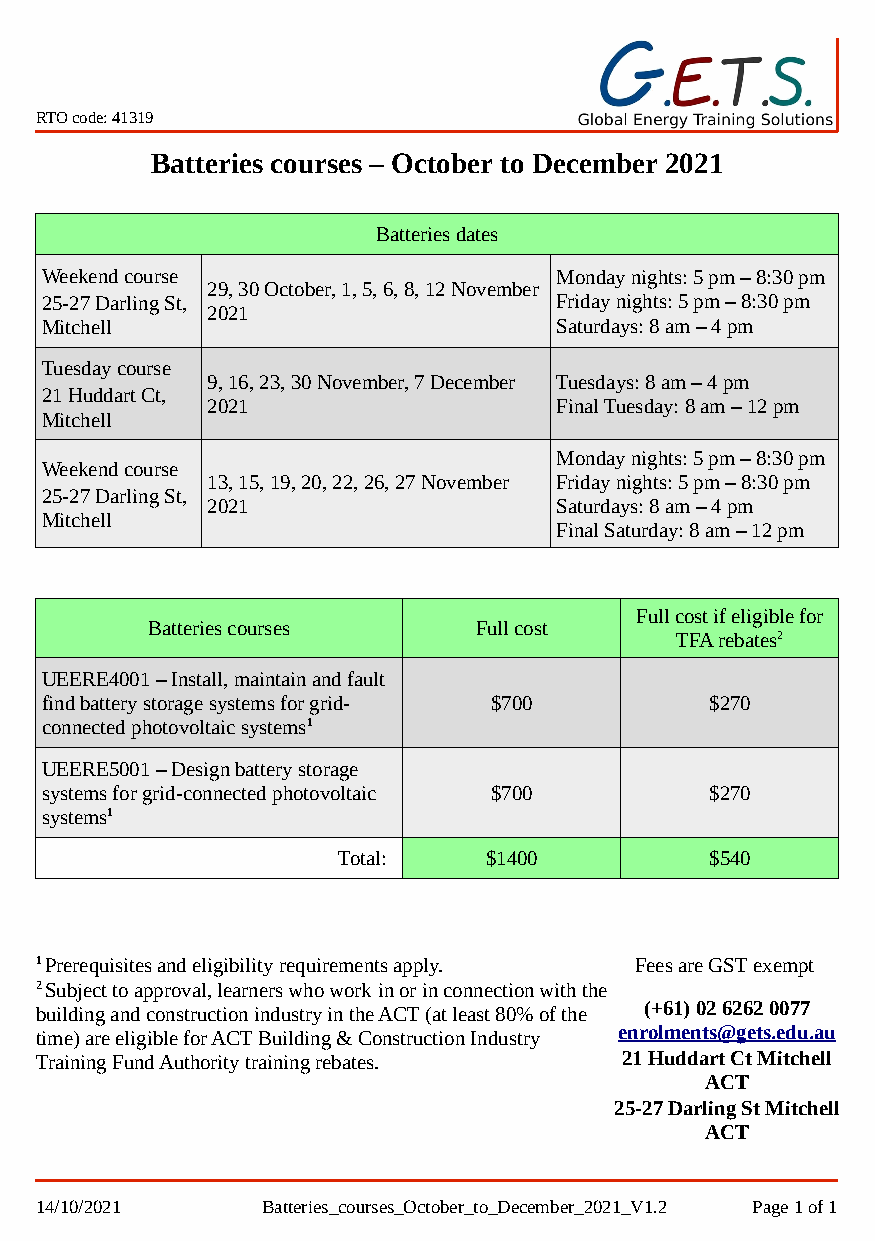
RTO code: 41319
 Batteries courses – October to December 2021
 Batteries dates
 Weekend course                    Monday nights: 5 pm – 8:30 pm
 29, 30 October, 1, 5, 6, 8, 12 November
 25-27 Darling St,                 Friday nights: 5 pm – 8:30 pm
 2021
 Mitchell                          Saturdays: 8 am – 4 pm
 Tuesday course
 9, 16, 23, 30 November, 7 December Tuesdays: 8 am – 4 pm
 21 Huddart Ct,
 2021                   Final Tuesday: 8 am – 12 pm
 Mitchell
 Monday nights: 5 pm – 8:30 pm
 Weekend course
 13, 15, 19, 20, 22, 26, 27 November Friday nights: 5 pm – 8:30 pm
 25-27 Darling St,
 2021                   Saturdays: 8 am – 4 pm
 Mitchell
 Final Saturday: 8 am – 12 pm
 Full cost if eligible for
 Batteries courses    Full cost
 TFA rebates2
 UEERE4001 – Install, maintain and fault
 find battery storage systems for grid- $700 $270
 connected photovoltaic systems1
 UEERE5001 – Design battery storage
 systems for grid-connected photovoltaic $700 $270
 systems1
 Total:    $1400          $540
 1 Prerequisites and eligibility requirements apply. Fees are GST exempt
 2 Subject to approval, learners who work in or in connection with the
 building and construction industry in the ACT (at least 80% of the (+61) 02 6262 0077
 time) are eligible for ACT Building & Construction Industry enrolments@gets.edu.au
 Training Fund Authority training rebates. 21 Huddart Ct Mitchell
 ACT
 25-27 Darling St Mitchell
 ACT
 14/10/2021     Batteries_courses_October_to_December_2021_V1.2 Page 1 of 1